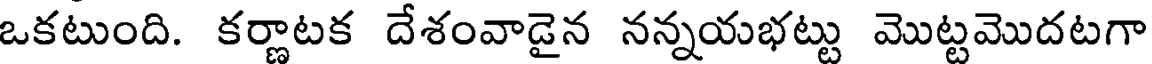
ఒకటుంది. కర్ణాటక దేశంవాడైన నన్నయభట్టు మొట్టమొదటగా